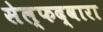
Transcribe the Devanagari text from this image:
सेल्फद्वारा